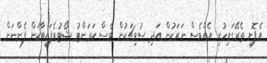
އެފޮށި ތެރޭގައިހުރި އެއްވެސް ނަރަކުން އަދި ސުވިޗަކުން ވެސް ކަރަންޓު ޝޯޓުވެފައިވާކަން ފެންނަން